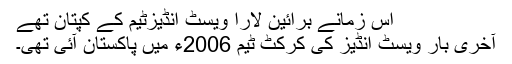
اُس زمانے برائین لارا ویسٹ انڈیزٹیم کے کپتان تھے
آخری بار ویسٹ انڈیز کی کرکٹ ٹیم 2006ء میں پاکستان آئی تھی۔